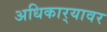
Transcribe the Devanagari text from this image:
अधिकार्‍यावर